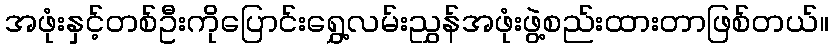
အဖုံးနှင့်တစ်ဦးကိုပြောင်းရွှေ့လမ်းညွှန်အဖုံးဖွဲ့စည်းထားတာဖြစ်တယ်။